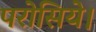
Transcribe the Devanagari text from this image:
परोसिये।